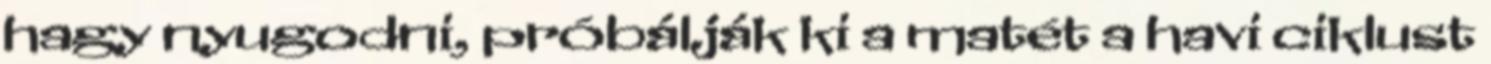
hagy nyugodni, próbálják ki a matét a havi ciklust